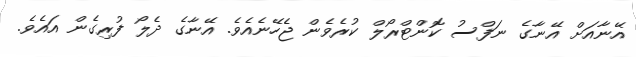
އޭނާއަށް އޭނާގެ ނަފްސު ކޮންޓްރޯލް ކުރެވެން ޖެހޭނެއެވެ. އޭނާގެ ދެލޯ ފުރިގެން އައެވެ.